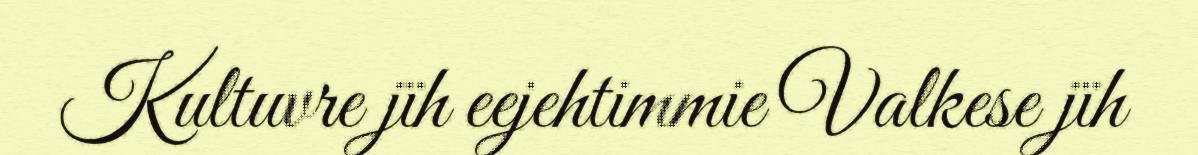
Kultuvre jïh eejehtimmie Valkese jïh